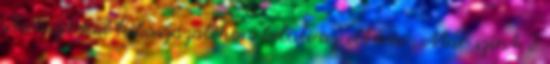
statisztikai hibaszázalékon belüli az eltérés . Már szint 2